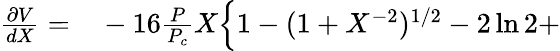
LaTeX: \begin{array}{rl}{\frac{\partial V}{dX}=}&{{}-16\frac{P}{P_{c}}X\Big\{ 1-(1+X^{-2})^{1/2}-2\ln{2}+}\end{array}